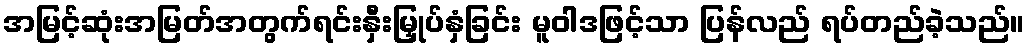
အမြင့်ဆုံးအမြတ်အတွက်ရင်းနှီးမြှုပ်နှံခြင်း မူဝါဒဖြင့်သာ ပြန်လည် ရပ်တည်ခဲ့သည်။